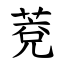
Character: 萒